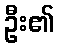
ဦး၏